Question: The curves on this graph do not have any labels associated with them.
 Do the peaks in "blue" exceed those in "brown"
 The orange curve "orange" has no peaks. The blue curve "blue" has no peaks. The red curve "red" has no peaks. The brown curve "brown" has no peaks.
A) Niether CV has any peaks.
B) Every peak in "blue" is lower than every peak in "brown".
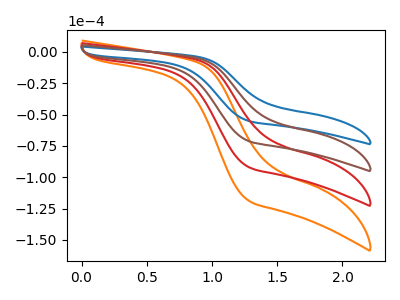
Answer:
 <answer>A) Niether CV has any peaks.</answer>
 <eval>A</eval>